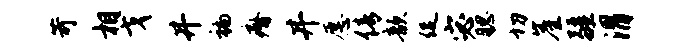
苛相戈井褊瘠井愿倩歆促宓腮切崖疆渭